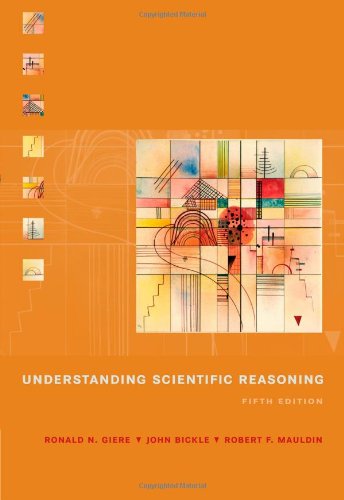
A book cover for Understanding Scientific Reasoning; Ronald N. Giere; Politics & Social Sciences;